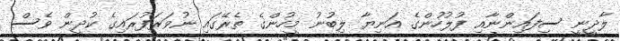
ލާދީނީ ސިފައިންނާއި ފުލުހުންގެ އަނިޔާ ލިބުނު މީހުންގެ ތެރޭގައި ނުވަރަފުރައިގެ ކުދީން ވެސް